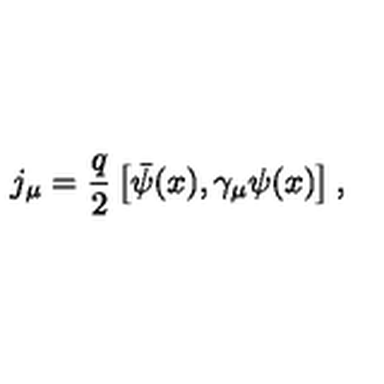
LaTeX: j _ { \mu } = \frac { q } { 2 } \left[ \bar { \psi } ( x ) , \gamma _ { \mu } \psi ( x ) \right] ,